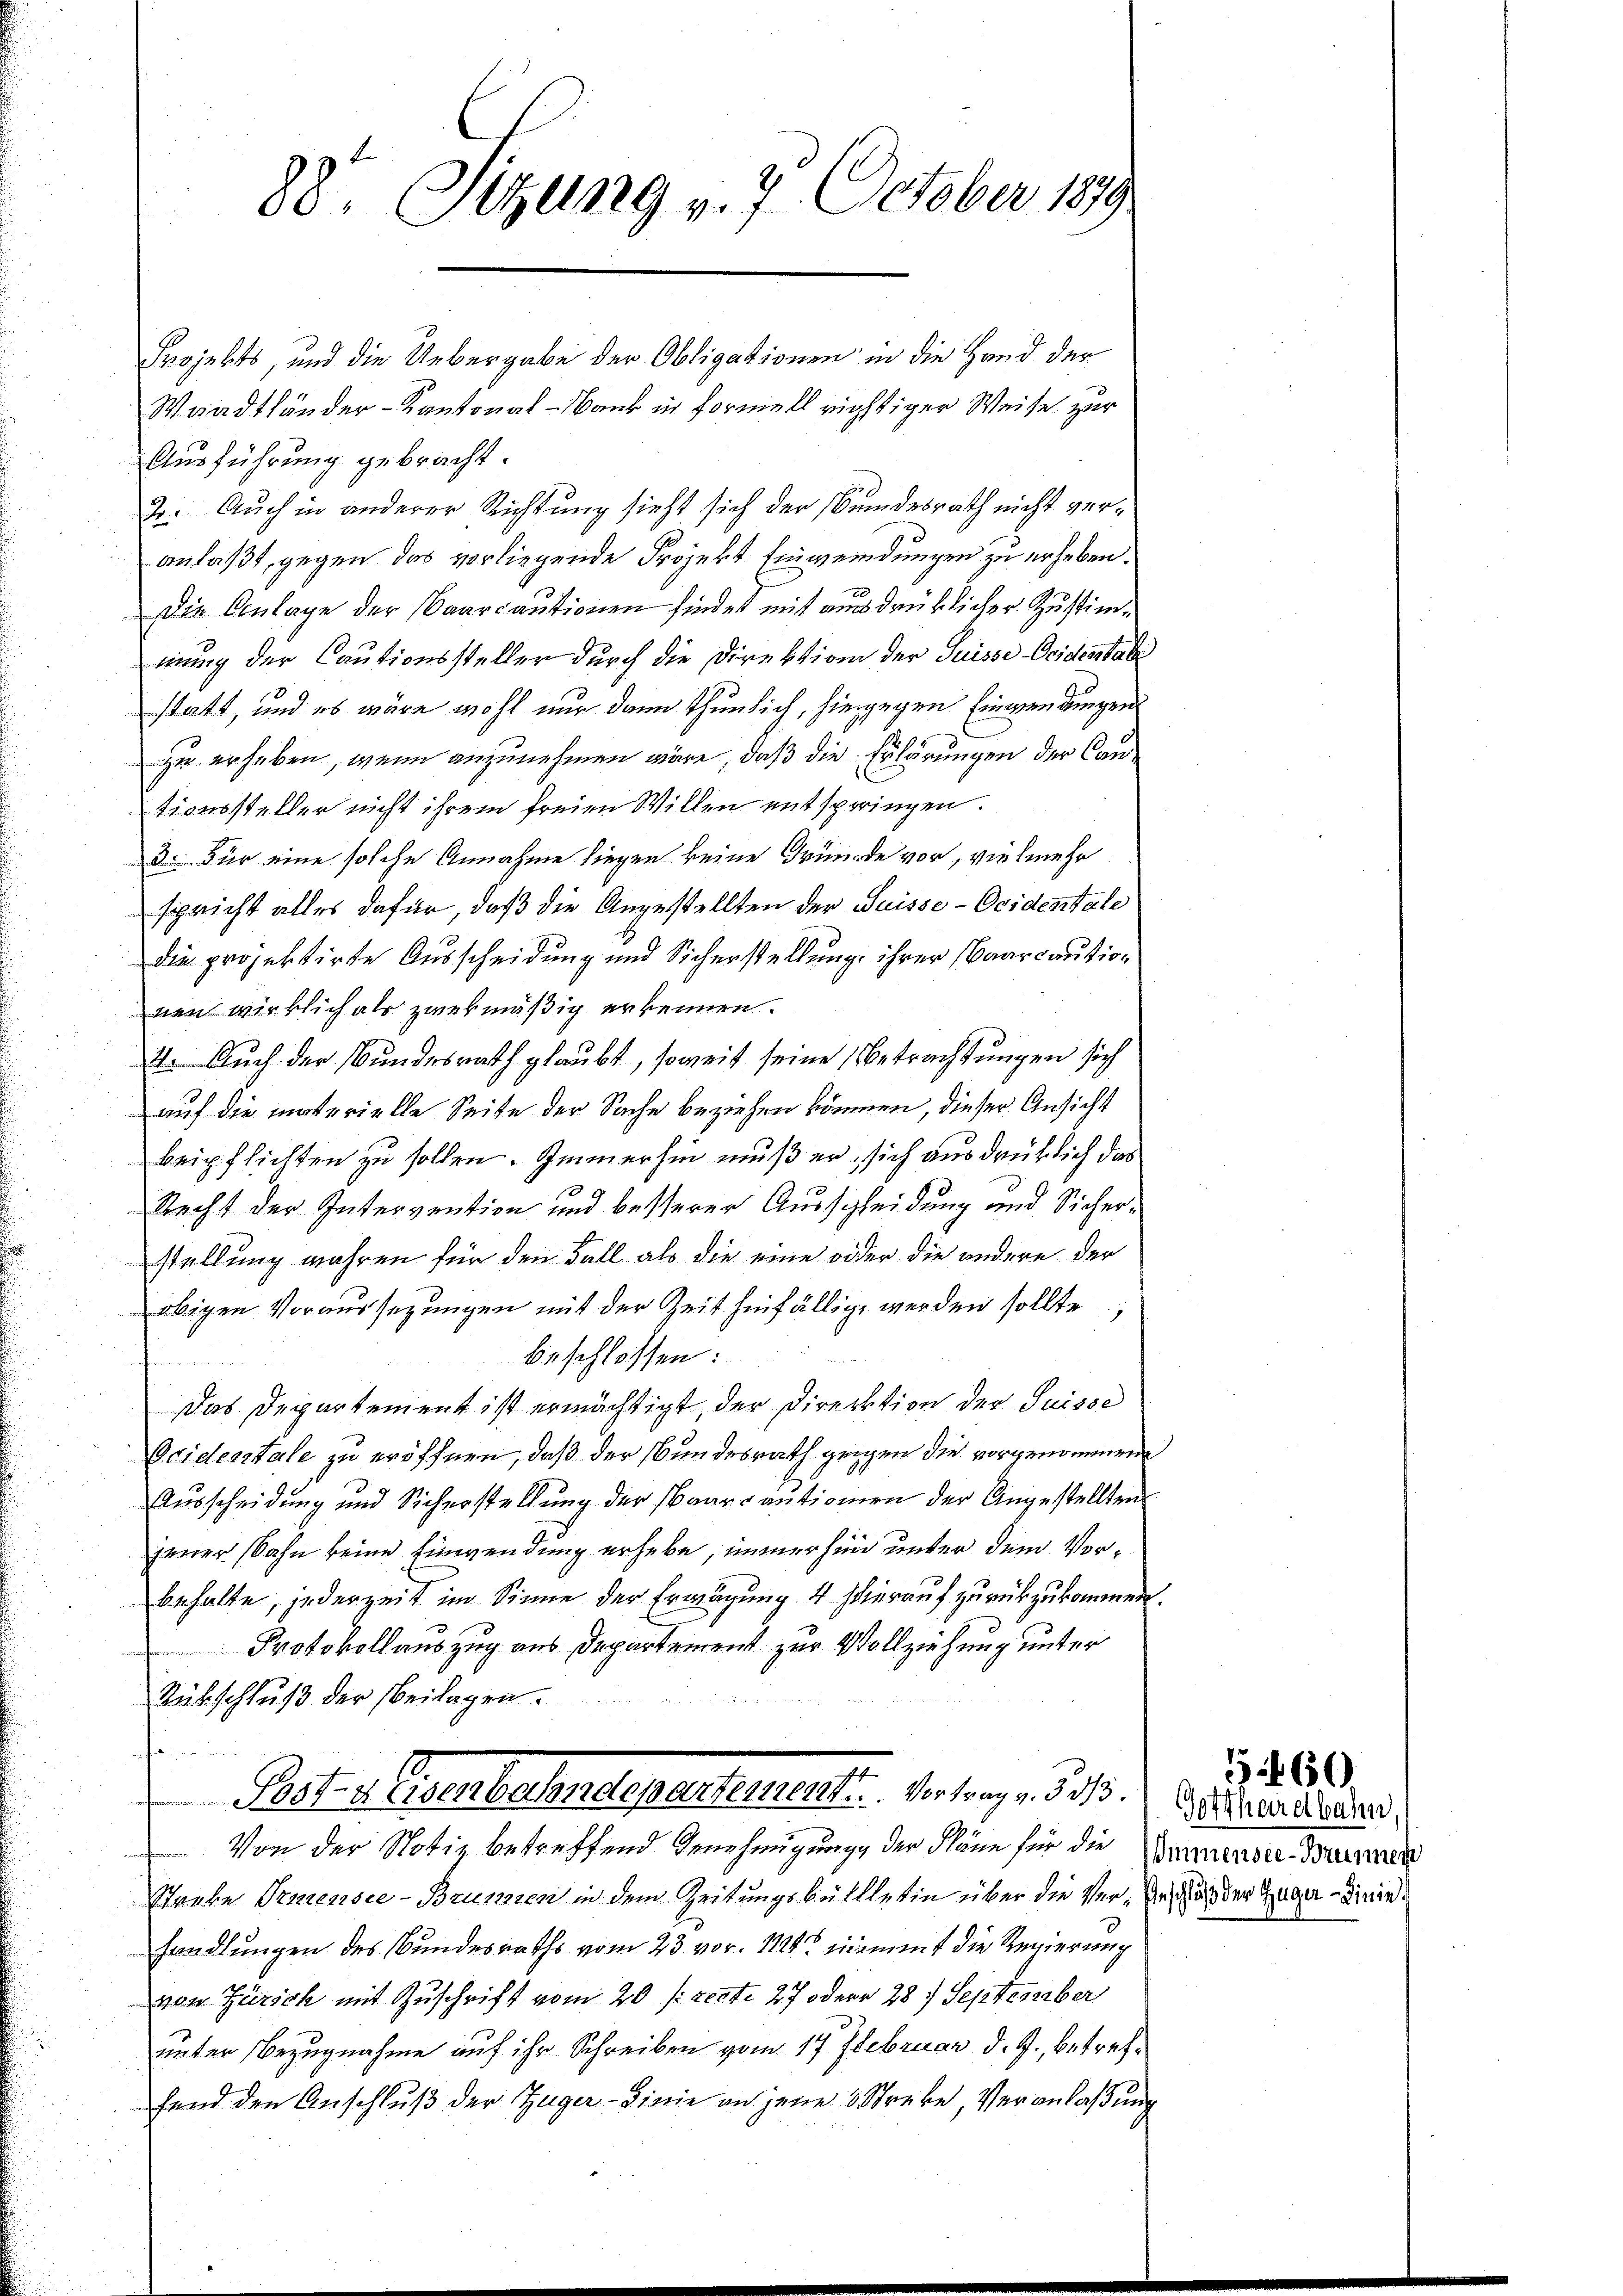
88. Sitzung v. 7. October 1879

Projekts, und die Uebergabe der Obligationen in die Hand der
Waadtländer-Kantonal-Bank in Formell richtiger Weise zur
Ausführung gebracht.
2. Auch in anderer Richtung sieht sich der Bundesrath nicht veranlaßt, gegen das vorliegende Projekt Einweidungen zu erheben.
Die Anlage der aarcautionen findet mit ausdrüklicher Zustimmung der Cautionssteller durch die Direktion der Suisse Oridentabe
statt, und es wäre wohl nur dann thunlich, hiergegen Einwendungen
zu erheben, wenn anzunehmen wäre, daß die Erlärungen der Cantionssteller nicht ihrem freien Willen entspringen.
3. Für eine solche Annahme liegen keine Gründe vor, vielmehr
spricht alles dafür, daß die Angestellten der Suisse-Ocidentale
die projektirte Ausscheidung und Sicherstellung ihrer Baarcautionen wirklich als zwekmäßig erkennen.
4. Auch der Bundesrath glaubt, soweit seine Betrachtungen sich
auf die materielle Seite der Sache beziehen können, dieser Ansicht
beipflichten zu sollen. Immerhin muß er, sich ausdrüklich das
Recht der Intervention und besserer Ausscheidung und Sicherstellung wahren für den Fall als die eine wider die andere der
obigen Voraussezungen mit der Zeit hinfälligt werden sollte,
beschlossen:
Das Departement ist ermächtigt der Direktion der Suisse
Ocidentale zu eröffnen, daß der Bundesrath geigen die vorgenommene
Ausscheidung und Sicherstellung der Baarcautionien der Angestellten
jener sahn keine Einwendung erhebe, immerhin unter dem Vorbehalte, jederzeit im Sinne der Erwägung 4 hierauf zurückzukommen
Protokollauszug aus Departement zur Vollziehung unter
Rückschluß der Beilagen.
Botis. Gerbetendepartement. Antrag, d. 10.
Von der Notiz betreffend Genehmigung, der Pläne für die Versie-Baumen
Staube Armensee-Brunnen in dem Zeitungsbülllerin über die Ver-Inschaft der Zuger Linie.
handlungen des Bundesraths vom 23. vor. 1121 nimmt die Regierung
von Zürich mit Zuschrift vom 20 s. rect. 27 oder 28. September
unter Bezugnahme auf ihr Schreiben vom 17. Februar d. J., betreffend den Anschluß der Züger-Linie an jene Streke, Veranlaßung

Gottharetbahn.

§ 160